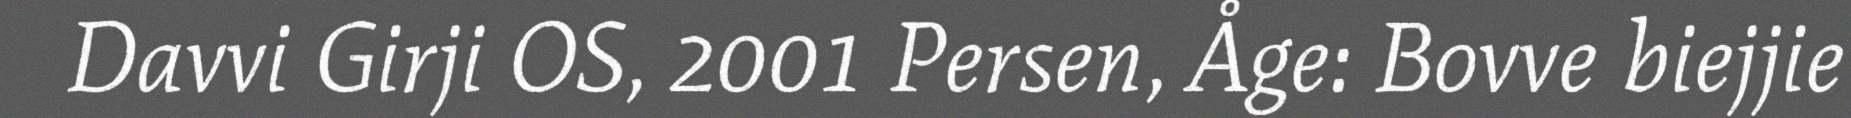
Davvi Girji OS, 2001 Persen, Åge: Bovve biejjie